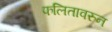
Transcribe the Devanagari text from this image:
फलितावरुन